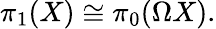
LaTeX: \pi_{1}(X)\cong\pi_{0}(\Omega X).